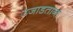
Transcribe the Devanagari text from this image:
उजाडताना